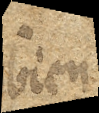
bien